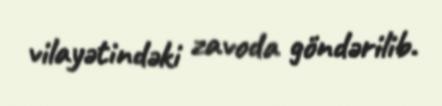
vilayətindəki zavoda göndərilib.